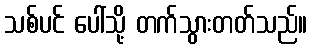
သစ်ပင် ပေါ်သို့ တက်သွားတတ်သည်။